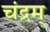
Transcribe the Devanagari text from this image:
चंद्रम्